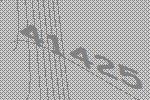
41425